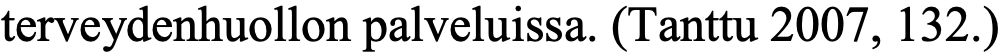
terveydenhuollon palveluissa. (Tanttu 2007, 132.)